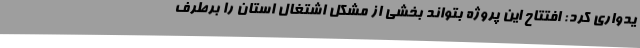
یدواری کرد: افتتاح این پروژه بتواند بخشی از مشکل اشتغال استان را برطرف